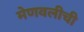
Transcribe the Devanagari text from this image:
मेणवलीची